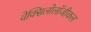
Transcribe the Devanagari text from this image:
वेक्सिलोलॉजीकल